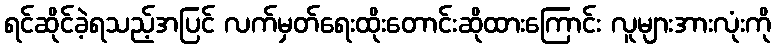
ရင်ဆိုင်ခဲ့ရသည့်အပြင် လက်မှတ်ရေးထိုးတောင်းဆိုထားကြောင်း လူများအားလုံးကို